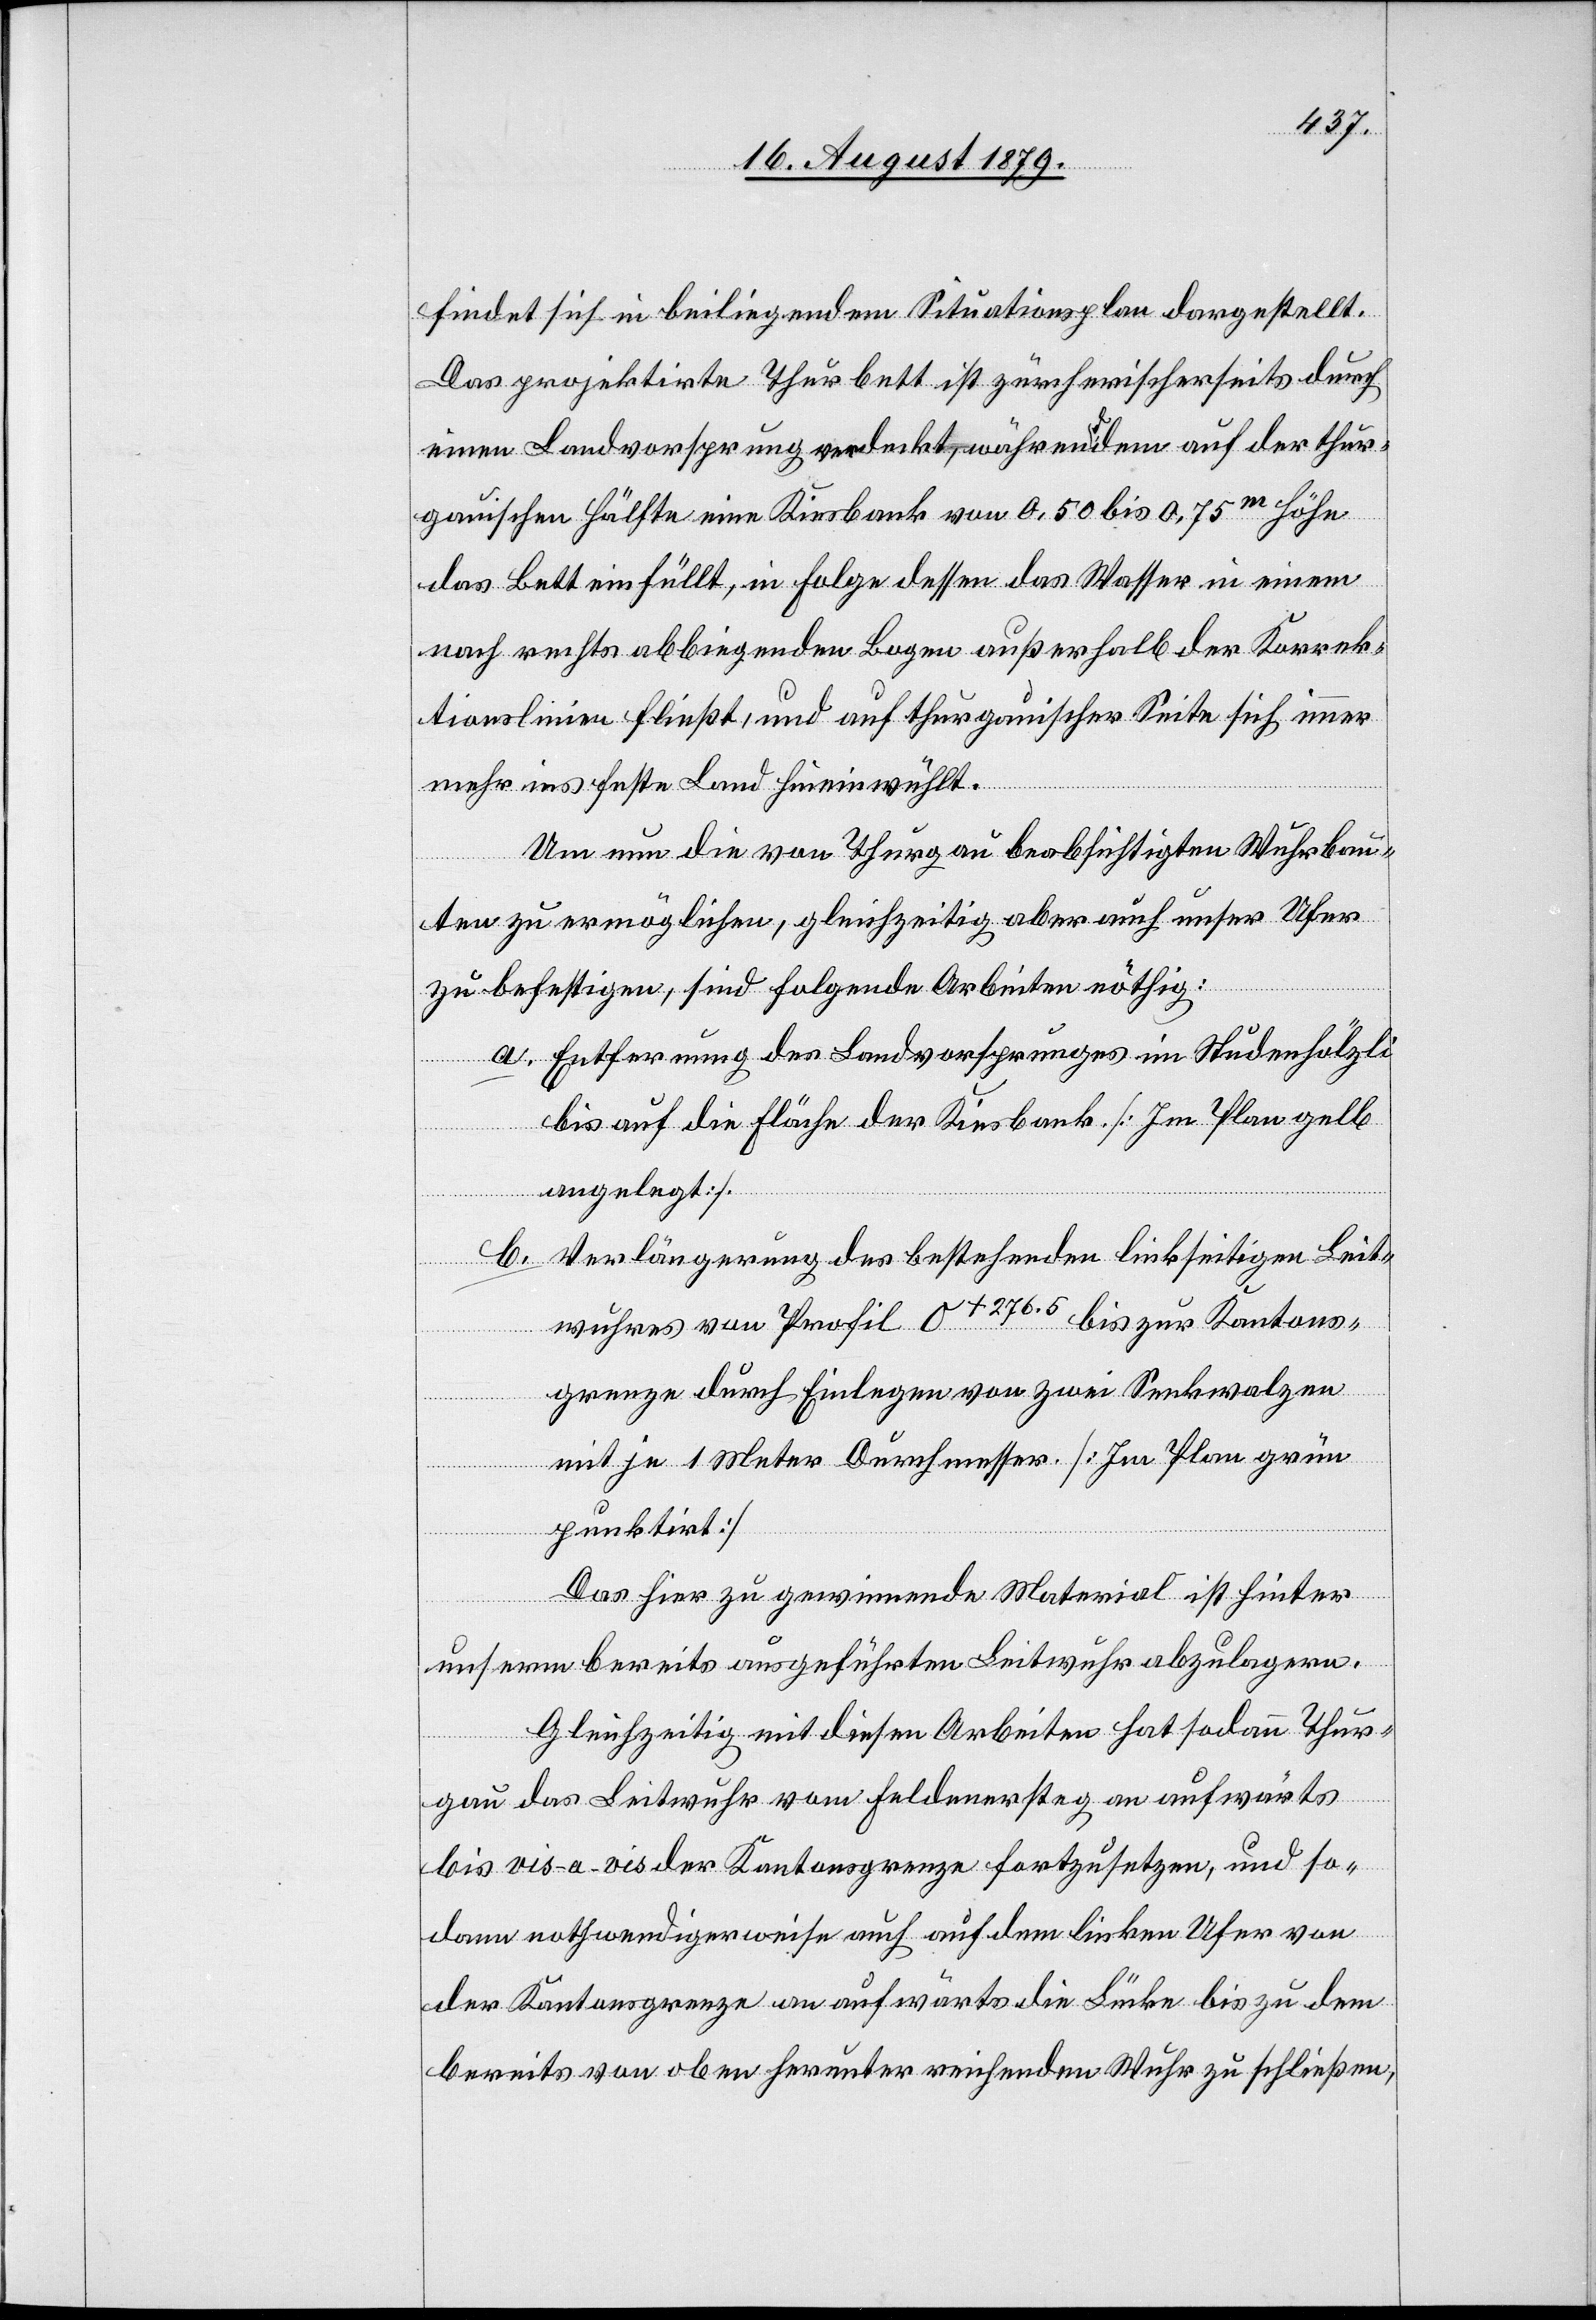
findet sich in beiliegendem Situationsplan dargestellt.
Das projektirte Thurbett ist zürcherischerseits durch
einen Landvorsprung verdeckt, währenddem auf der thur¬
gauischen Hälfte eine Kiesbank von 0,50 bis 0,75m Höhe
das Bett einfüllt, in Folge dessen das Wasser in einem
nach rechts abbiegenden Bogen außerhalb der Korrek¬
tionslinien fließt, und auf thurgauischer Seite sich immer
mehr ins feste Land hineinwühlt.
Um nun die von Thurgau beabsichtigten Wuhrbau¬
ten zu ermöglichen, gleichzeitig aber auch unser Ufer
zu befestigen, sind folgende Arbeiten nöthig:
Entfernung des Landvorsprunges im Studenhölzli
bis auf die Fläche der Kiesbank. [Im Plan gelb
angelegt].
Verlängerung des bestehenden linkseitigen Leit¬
wuhres von Profil O+276.5 bis zur Kantons¬
grenze durch Einlegen von zwei Senkwalzen
mit je 1 Meter Durchmesser [Im Plan grün
punktirt].
Das hier zu gewinnende Material ist hinter
unserm bereits ausgeführten Leitwuhr abzulagern.
Gleichzeitig mit diesen Arbeiten hat sodann Thur¬
gau das Leitwuhr vom Feldnersteg an aufwärts
bis vis-a-vis der Kantonsgrenze fortzusetzen, und so¬
dann nothwendigerweise auch auf dem linken Ufer von
der Kantonsgrenze an aufwärts die Lücke bis zu dem
bereits von oben herunter reichenden Wuhr zu schließen,